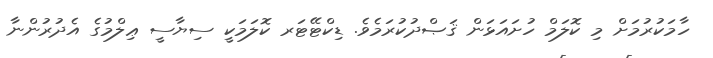
ހާމަކުރުމަށް މި ކޮލަމް ހުށައަޅަން ޤަޞްދުކުރަމެވެ. ޑިކްޓޭޓަރ ކޮލަމަކީ ސިޔާސީ ޢިލްމުގެ އެދުރުންނާ